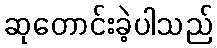
ဆုတောင်းခဲ့ပါသည်